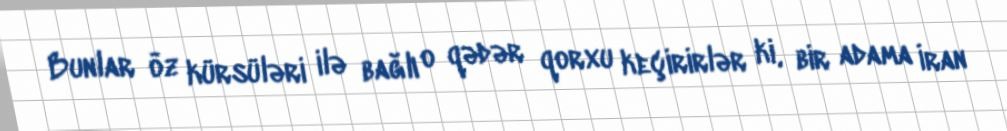
Bunlar öz kürsüləri ilə bağlı o qədər qorxu keçirirlər ki, bir adama İran